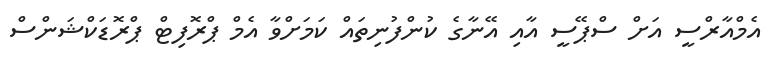
އެމްއާރްސީ އަށް ސްޕޭސީ އާއި އޭނާގެ ކުންފުނިތައް ކަމަށްވާ އެމް ޕްރޮފިޓް ޕްރޮޑަކްޝަންސް